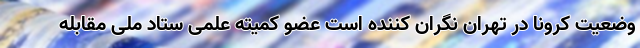
وضعیت کرونا در تهران نگران کننده است عضو کمیته علمی ستاد ملی مقابله